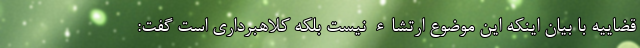
قضاییه با بیان اینکه این موضوع ارتشاء نیست بلکه کلاهبرداری است گفت: